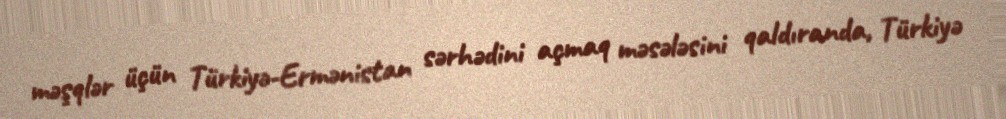
məşqlər üçün Türkiyə-Ermənistan sərhədini açmaq məsələsini qaldıranda, Türkiyə